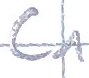
Text: C1